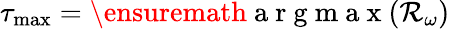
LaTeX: \tau_{\operatorname*{max}}=\ensuremath{\mathrm{~a~r~g~m~a~x~}}(\mathcal{R}_{\omega})